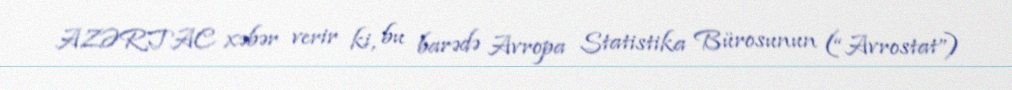
AZƏRTAC xəbər verir ki, bu barədə Avropa Statistika Bürosunun (“Avrostat”)